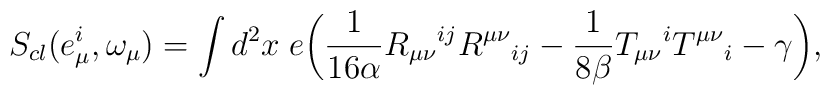
S_{cl}(e^i_\mu,\omega_\mu) = \int {d^2}x\;e\bigg(\frac{1}{16\alpha} R_{\mu\nu}{}^{ij}R^{\mu\nu}{}_{ij}-\frac{1}{8\beta}T_{\mu\nu}{}^{i} T^{\mu\nu}{}_{i}-\gamma\bigg),